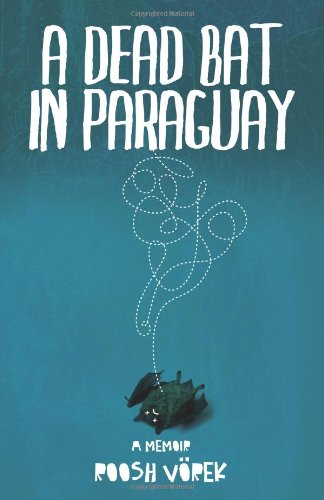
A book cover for A Dead Bat In Paraguay: One Man's Peculiar Journey Through South America; Roosh VÃ¶rek; Travel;